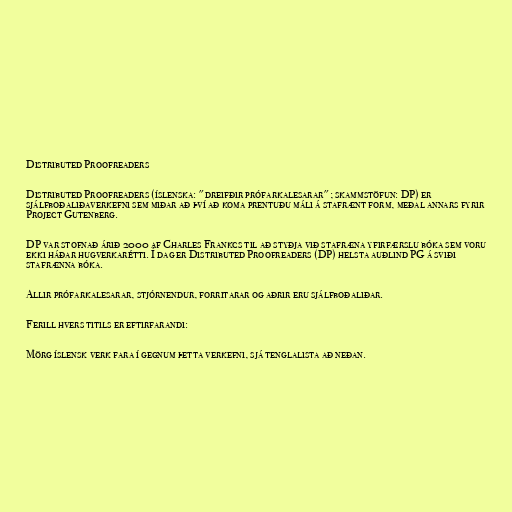
Distributed Proofreaders

Distributed Proofreaders (íslenska: "dreifðir prófarkalesarar"; skammstöfun: DP) er
sjálfboðaliðaverkefni sem miðar að því að koma prentuðu máli á stafrænt form, meðal annars fyrir
Project Gutenberg.

DP var stofnað árið 2000 af Charles Frankcs til að styðja við stafræna yfirfærslu bóka sem voru
ekki háðar hugverkarétti. Í dag er Distributed Proofreaders (DP) helsta auðlind PG á sviði
stafrænna bóka.

Allir prófarkalesarar, stjórnendur, forritarar og aðrir eru sjálfboðaliðar.

Ferill hvers titils er eftirfarandi:

Mörg íslensk verk fara í gegnum þetta verkefni, sjá tenglalista að neðan.